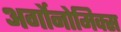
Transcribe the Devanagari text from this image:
अर्गोनोमिक्स